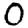
Digit: 0